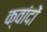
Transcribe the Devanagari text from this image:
क्वांदों